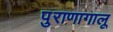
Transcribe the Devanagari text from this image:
पुराणागालू